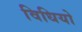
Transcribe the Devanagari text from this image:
विधियो